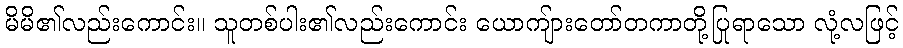
မိမိ၏လည်းကောင်း။ သူတစ်ပါး၏လည်းကောင်း ယောကျ်ားတော်တကာတို့ပြုရာသော လုံ့လဖြင့်